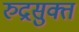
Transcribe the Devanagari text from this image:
रुद्रसुक्त